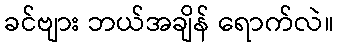
ခင်ဗျား ဘယ်အချိန် ရောက်လဲ။